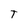
Character: T